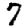
Digit: 7